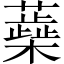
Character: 蘃